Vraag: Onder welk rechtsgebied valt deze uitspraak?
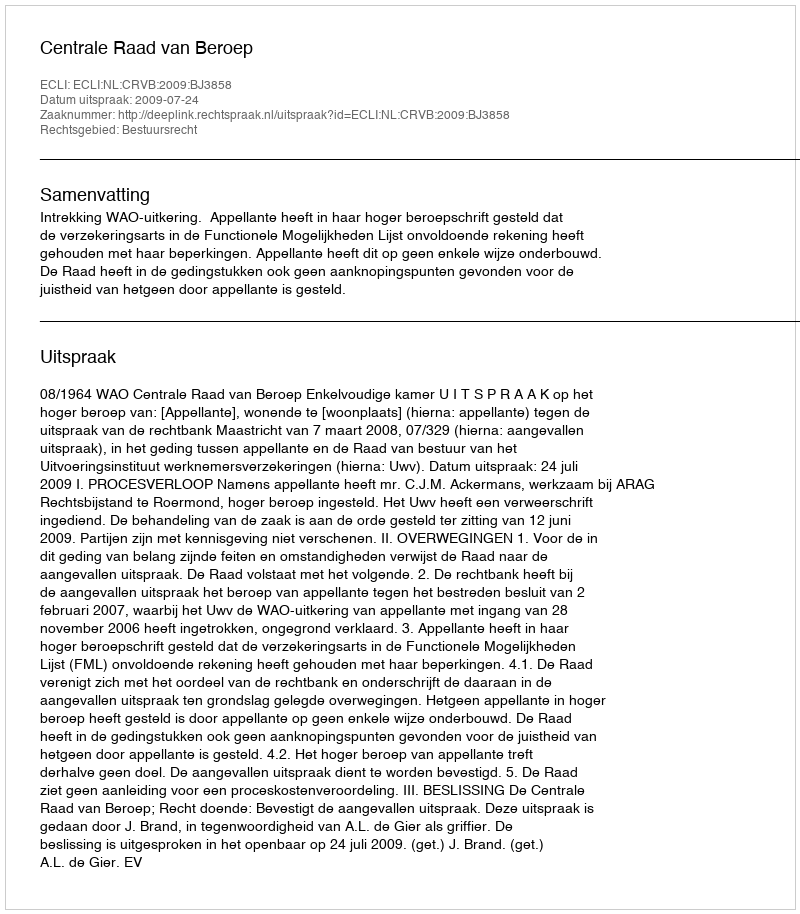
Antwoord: Bestuursrecht